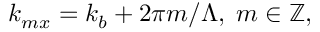
k _ { m x } = k _ { b } + 2 \pi m / \Lambda , \; m \in \mathbb { Z } ,